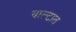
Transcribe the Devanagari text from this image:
याल्टात